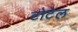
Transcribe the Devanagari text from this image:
टोटेल